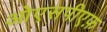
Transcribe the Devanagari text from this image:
ओएसपीएफ़